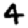
Digit: 4